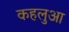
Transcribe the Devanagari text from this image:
कहलुआ